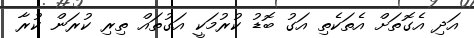
އަދި އެގޮތަށް އެތަކެތި އަގު ބޮޑު ކުރުމަކީ އަގުތައް ތިރި ކުރަން ކުރާ